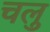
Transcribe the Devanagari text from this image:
चलु